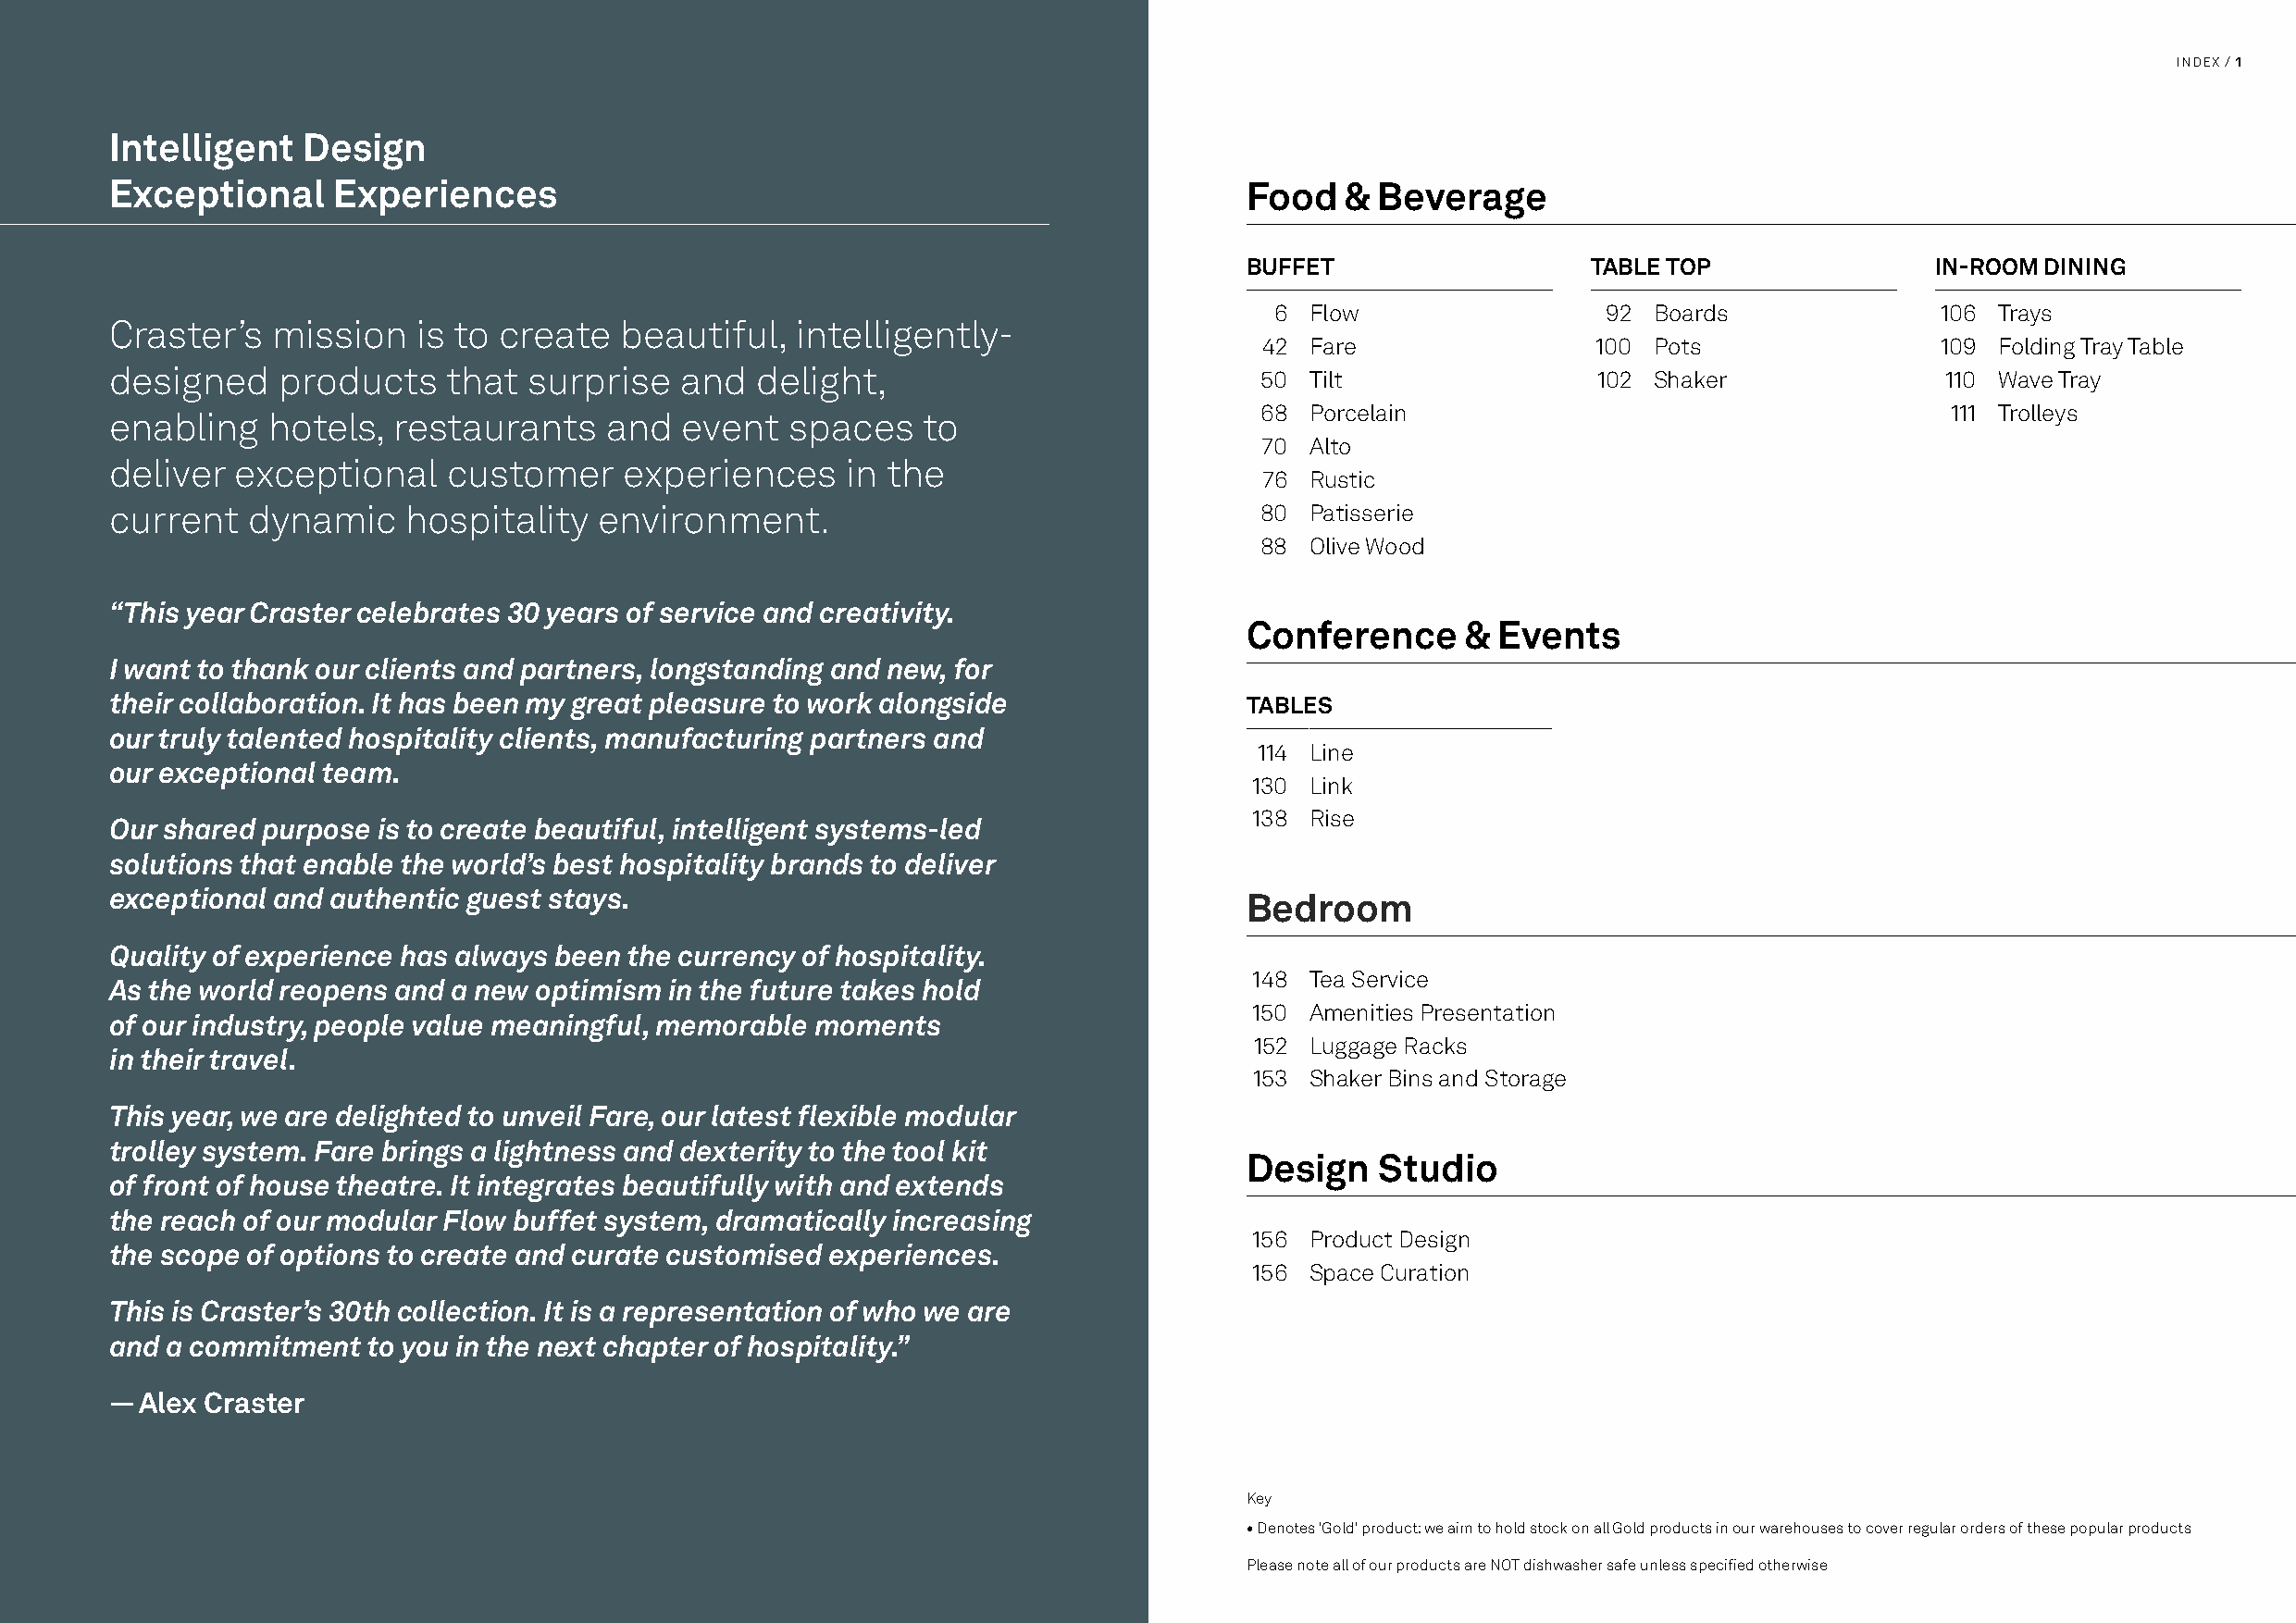
INDEX / 1
 Intelligent   Design
 Exceptional     Experiences                                                      Food   &  Beverage
 BUFFET                   TABLE TOP               IN-ROOM DINING
 6  Flow                 92 Boards               106 Trays
 Craster’s   mission   is to create  beautiful,   intelligently-
 42  Fare                100 Pots                 109 Folding Tray Table
 designed    products    that  surprise   and  delight,                            50  Tilt                102 Shaker               110 Wave Tray
 68  Porcelain                                     111 Trolleys
 enabling   hotels,  restaurants    and   event  spaces    to
 70  Alto
 deliver  exceptional    customer     experiences     in the
 76  Rustic
 current   dynamic    hospitality   environment.                                   80  Patisserie
 88  Olive Wood
 “This year Craster celebrates 30 years of service and creativity.
 Conference      & Events
 I want to thank our clients and partners, longstanding and new, for
 their collaboration. It has been my great pleasure to work alongside             TABLES
 our truly talented hospitality clients, manufacturing partners and
 114 Line
 our exceptional team.
 130 Link
 138 Rise
 Our shared purpose is to create beautiful, intelligent systems-led
 solutions that enable the world’s best hospitality brands to deliver
 exceptional and authentic guest stays.
 Bedroom
 Quality of experience has always been the currency of hospitality.
 148 Tea Service
 As the world reopens and a new optimism in the future takes hold
 150 Amenities Presentation
 of our industry, people value meaningful, memorable moments
 152 Luggage Racks
 in their travel.
 153 Shaker Bins and Storage
 This year, we are delighted to unveil Fare, our latest flexible modular
 trolley system. Fare brings a lightness and dexterity to the tool kit
 Design    Studio
 of front of house theatre. It integrates beautifully with and extends
 the reach of our modular Flow buffet system, dramatically increasing
 156 Product Design
 the scope of options to create and curate customised experiences.
 156 Space Curation
 This is Craster’s 30th collection. It is a representation of who we are
 and a commitment  to you in the next chapter of hospitality.”
 — Alex Craster
 Key
 • Denotes 'Gold' product: we aim to hold stock on all Gold products in our warehouses to cover regular orders of these popular products
 Please note all of our products are NOT dishwasher safe unless specified otherwise